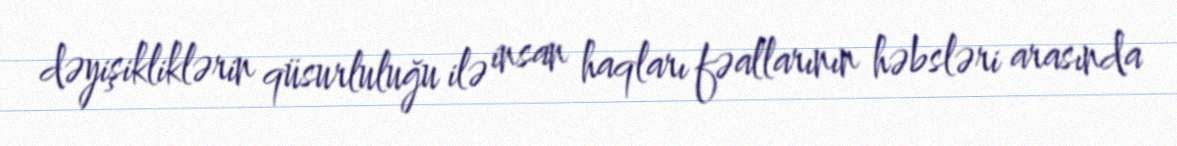
dəyişikliklərin qüsurluluğu ilə insan haqları fəallarının həbsləri arasında